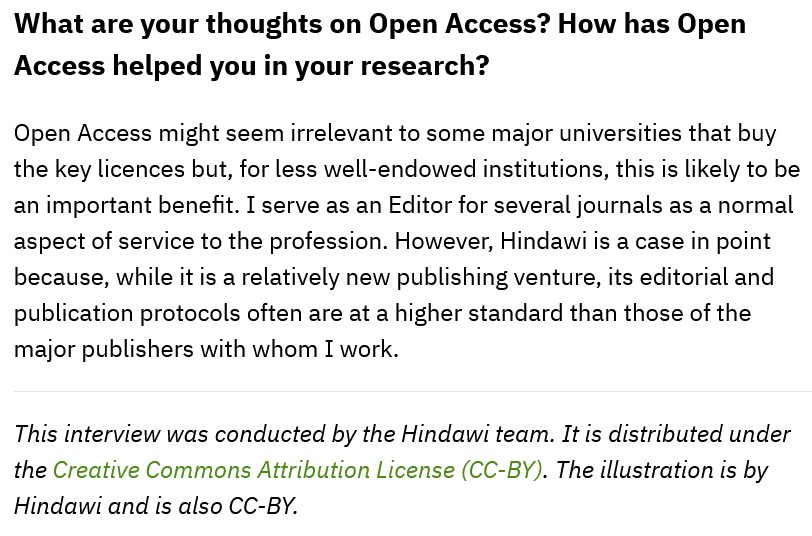
What  are your  thoughts  on  Open  Access?  How   has Open
  Access helped you  in  your  research?
  Open Access might seem irrelevant to some major universities that buy
  the key licences but, for less well-endowed institutions, this is likely to be
  an important benefit. I serve as an Editor for several journals as a normal
  aspect of service to the profession. However, Hindawi is a case in point
  because, while it is a relatively new publishing venture, its editorial and
  publication protocols often are at a higher standard than those of the
  major publishers with whom I work.
  This interview was conducted by the Hindawi team. It is distributed under
  the Creative Commons Attribution License (CC-BY). The illustration is by
  Hindawi and is also CC-BY.